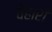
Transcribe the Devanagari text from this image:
वेहारी